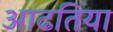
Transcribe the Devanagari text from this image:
आढतिया